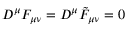
D ^ { \mu } F _ { \mu \nu } = D ^ { \mu } \tilde { F } _ { \mu \nu } = 0